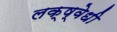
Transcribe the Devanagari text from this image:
लक्ष्वेधी